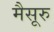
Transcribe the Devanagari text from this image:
मैसूरु